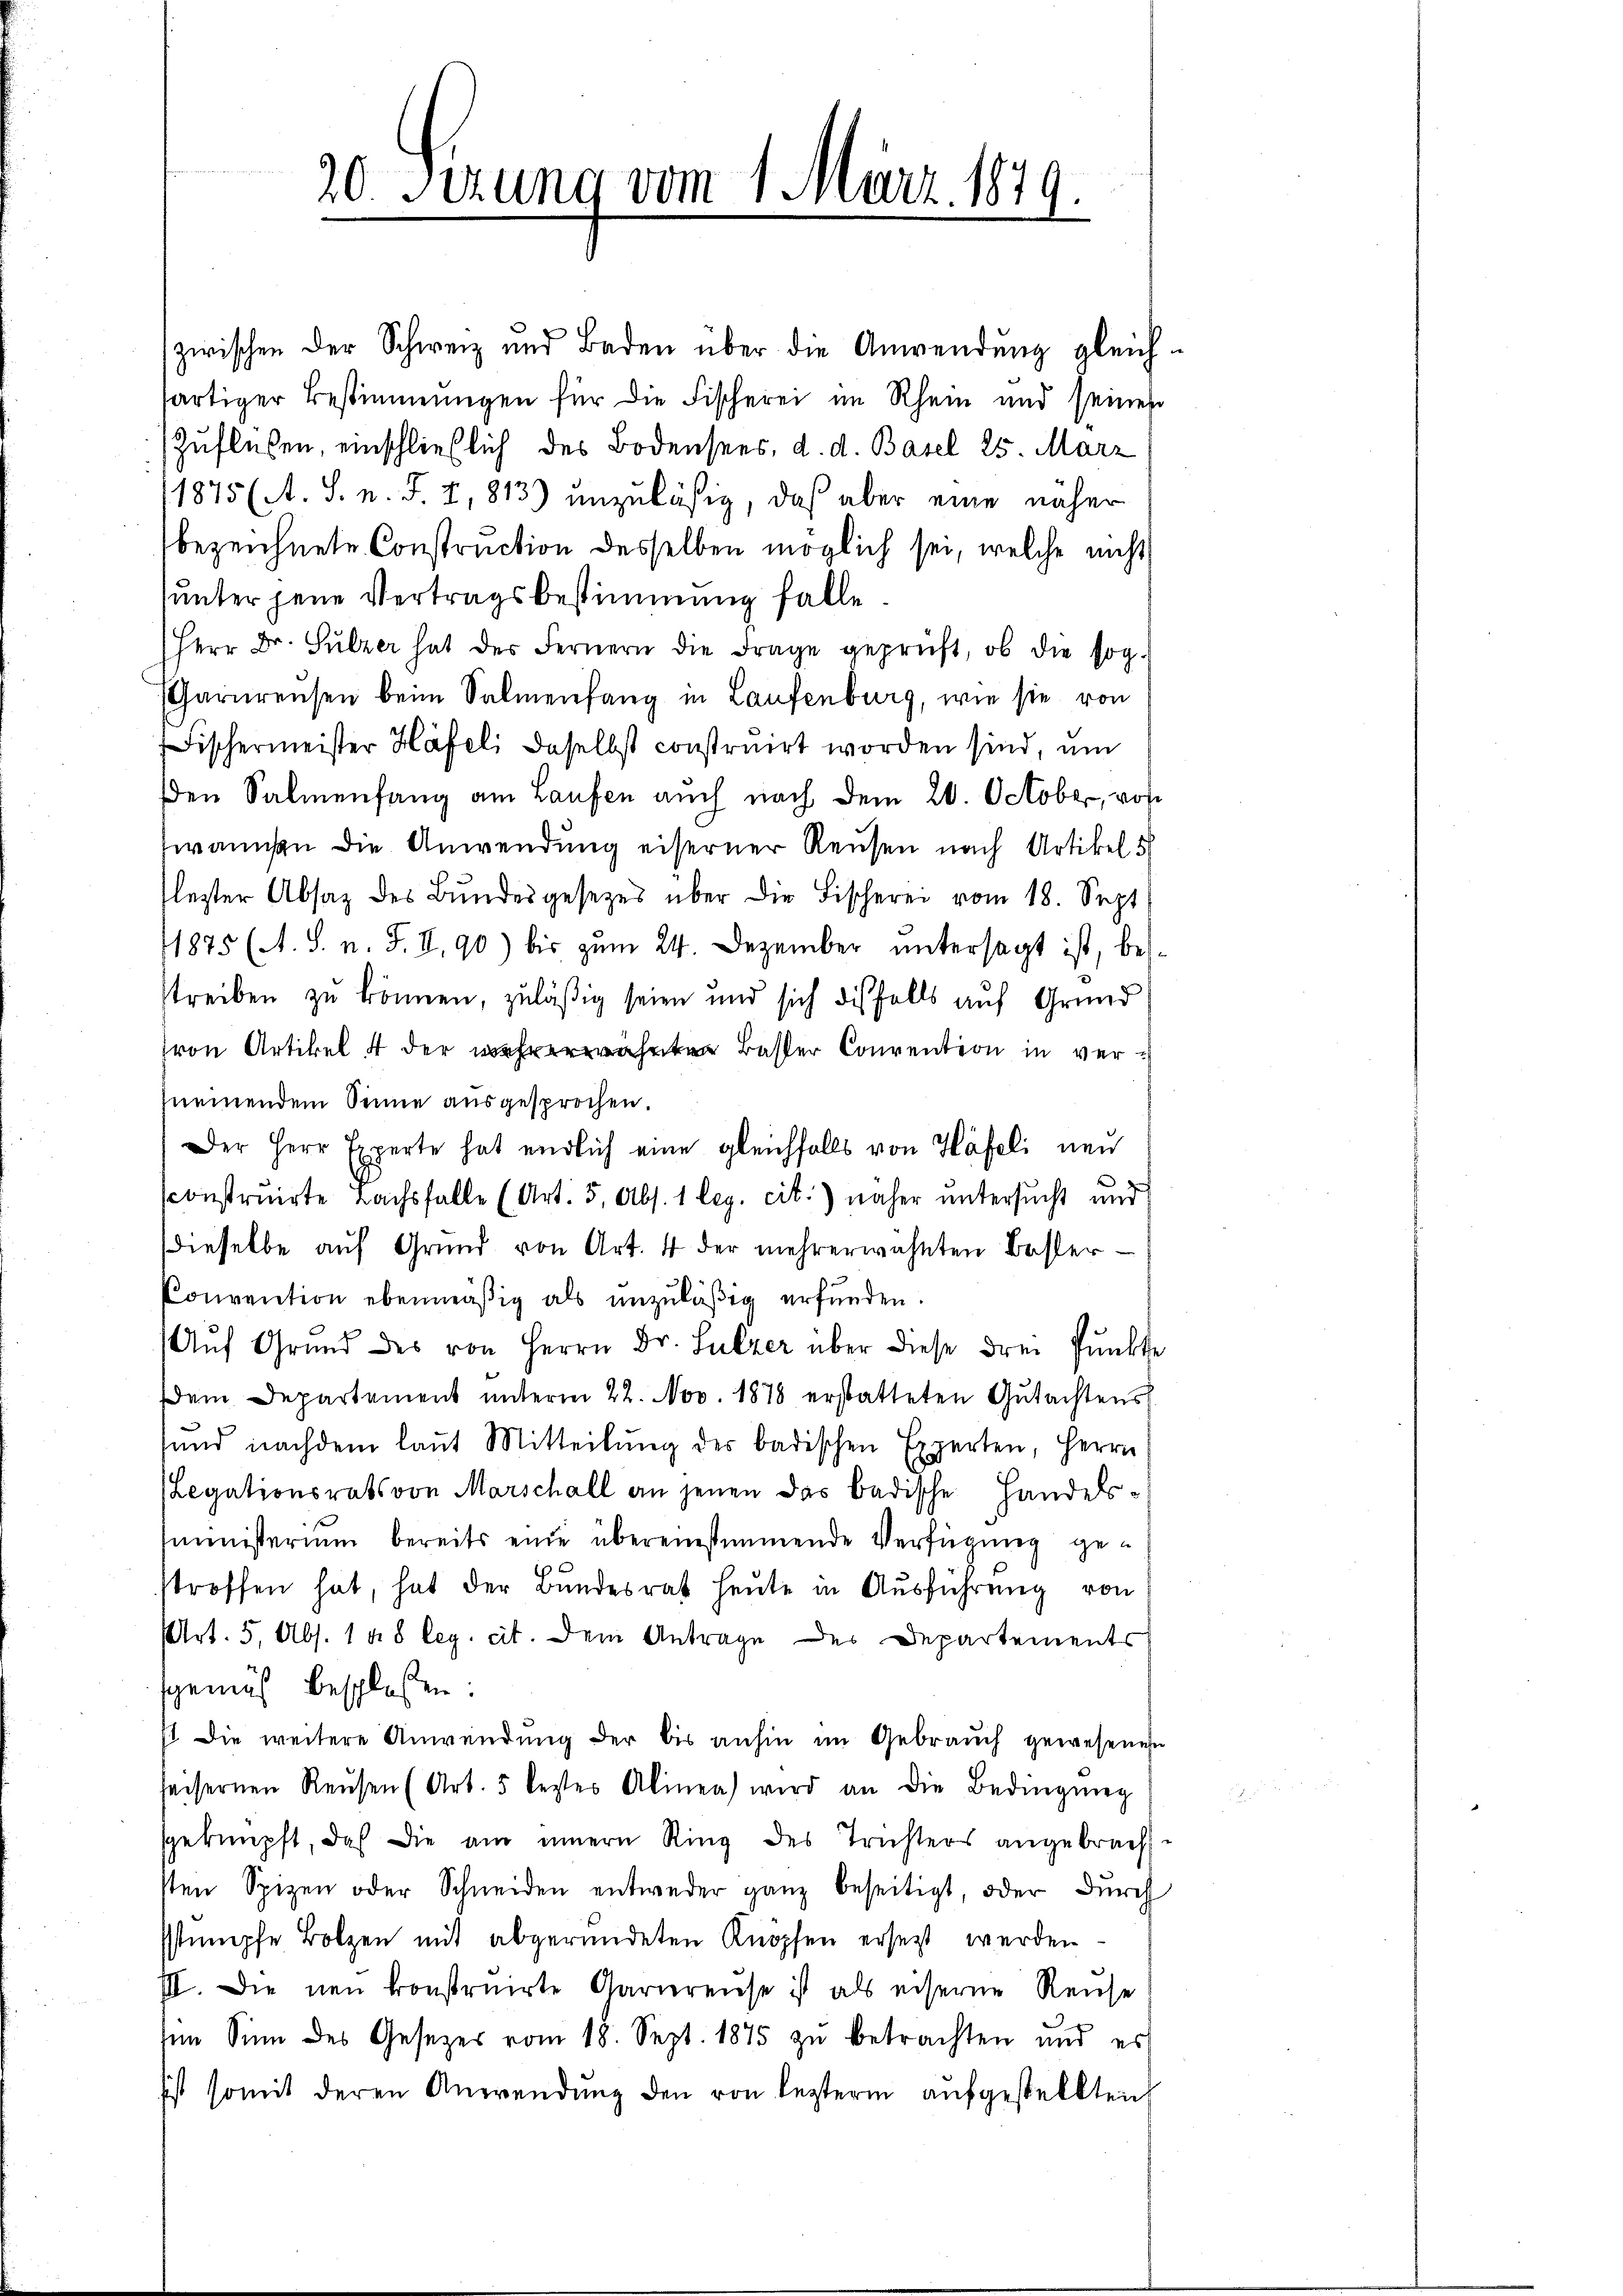
20. Sizung vom 1. März 1879.

zwischen der Schweiz und Baden über die Anwendŭng gleich-
sartiger Bestimmungen für die Fischerei im Rhein und seiner
Zuflüßen, einschließlich des Bodensees, d. d. Basel 25. März
1875 (A. S. n. F. I, 813) unzuläßig, daß aber eine näher
bezeichnete Construction desselben möglich sei, welche nicht
unter jene Vertragsbestimmung falle
Herr Dr. Sulzer hat der Fernern die Frage geprüft, ob die sog.
Garnreusen beim Salmenfang in Laufenburg, wie sie von
Fischermeister Häfeli daselbst construirt worden sind, um
en Salmenfang am Laufen auch nach dem 20. October, vo
wannen die Anwendung eiserner Reusen nach Artikel 5
flezter Absaz des Bŭndesgesetzes über die Fischerei vom 18. Sept
11875 (A. S. n. F. II, 90) bis zum 24. Dezember untersagt ist, besstreiben zu können, zuläßig seien und sich diesfalls auf Grund
ron Artikel 4 der mehrerwähnten Baster Convention in versnemendem Sinne ausgesprochen.
Der Herr Experte hat endlich eine gleichfalls von Häfeli neu
sconstruirte Bachsfalle (Art. 5, Abs. 1 leg. cit.) näher untersucht und
dieselbe auf Grund von Art. 4 der mehrerwähnten Bester¬
Convention ebenmäßig als unzuläßig erfunden.
Aŭf Grund des von Herrn Dr. Sulzer über diese drei Punkte
dem Departement ŭnterm 22. Nov. 1878 erstatteten Gutachtens
sund nachdem laut Mitteilŭng des badischen Experten, Herrn
Legationsrats von Marschall an jenen das badische Handels-
sministerium bereits eine übereinstimmende Verfügung gestroffen hat, hat der Bundesrat heute in Ausführung von
Art. 5, Abs. 148 leg. cit. Dem Antrage des Departements
sgemäß beschlossen:
st. Die weitere Anwendung der bis anhin im Gebrauch gewesenen
seisernen Reusen (Art. 5 leztes Alinen) wird an die Bedingŭng
sgeknüpft, daß die am innern Ring des Trichters angebrach-
sten Spizen oder Schneiden entweder ganz beseitigt, oder Durch
stumpfe Botzen mit abgeründeten Knöpfen ersetzt werden
III. Die neu konstruirte Garnreuse ist als eiserne Reuse
sen Sinn des Gesetzes vom 18. Sept. 1875 zŭ betrachten und es
sist somit deren Anwendŭng den von lezterm aufgestellten